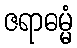
ဇရာဓမ္မံ